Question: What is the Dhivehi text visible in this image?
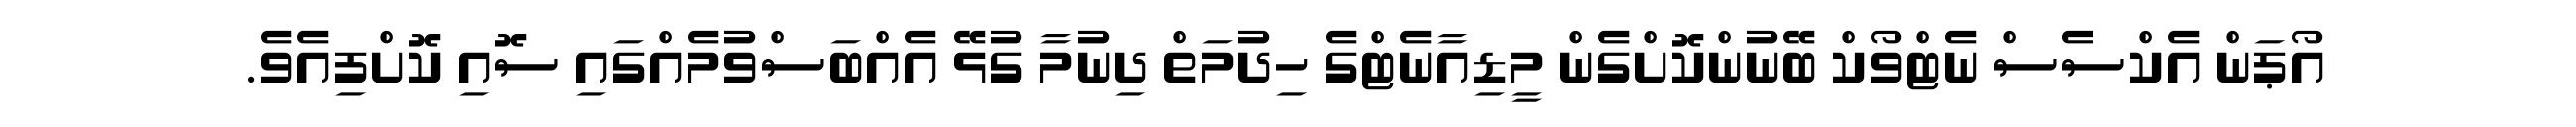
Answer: އޯޕަން އެކްސެސް ނެޓްވޯކް ބޭނުންކޮށްގެން މީޑިއާނެޓްގެ ހިދުމަތް ދިނުމާ ގުޅޭ އެއްބަސްވުމެއްގައި ސޮއި ކޮށްފިއެވެ.